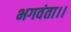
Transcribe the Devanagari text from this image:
भगवंता।।